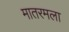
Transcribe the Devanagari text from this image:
मातरमला